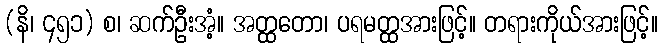
(နိ၊ ၄၅၁) စ၊ ဆက်ဦးအံ့။ အတ္ထတော၊ ပရမတ္ထအားဖြင့်။ တရားကိုယ်အားဖြင့်။